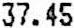
37.45